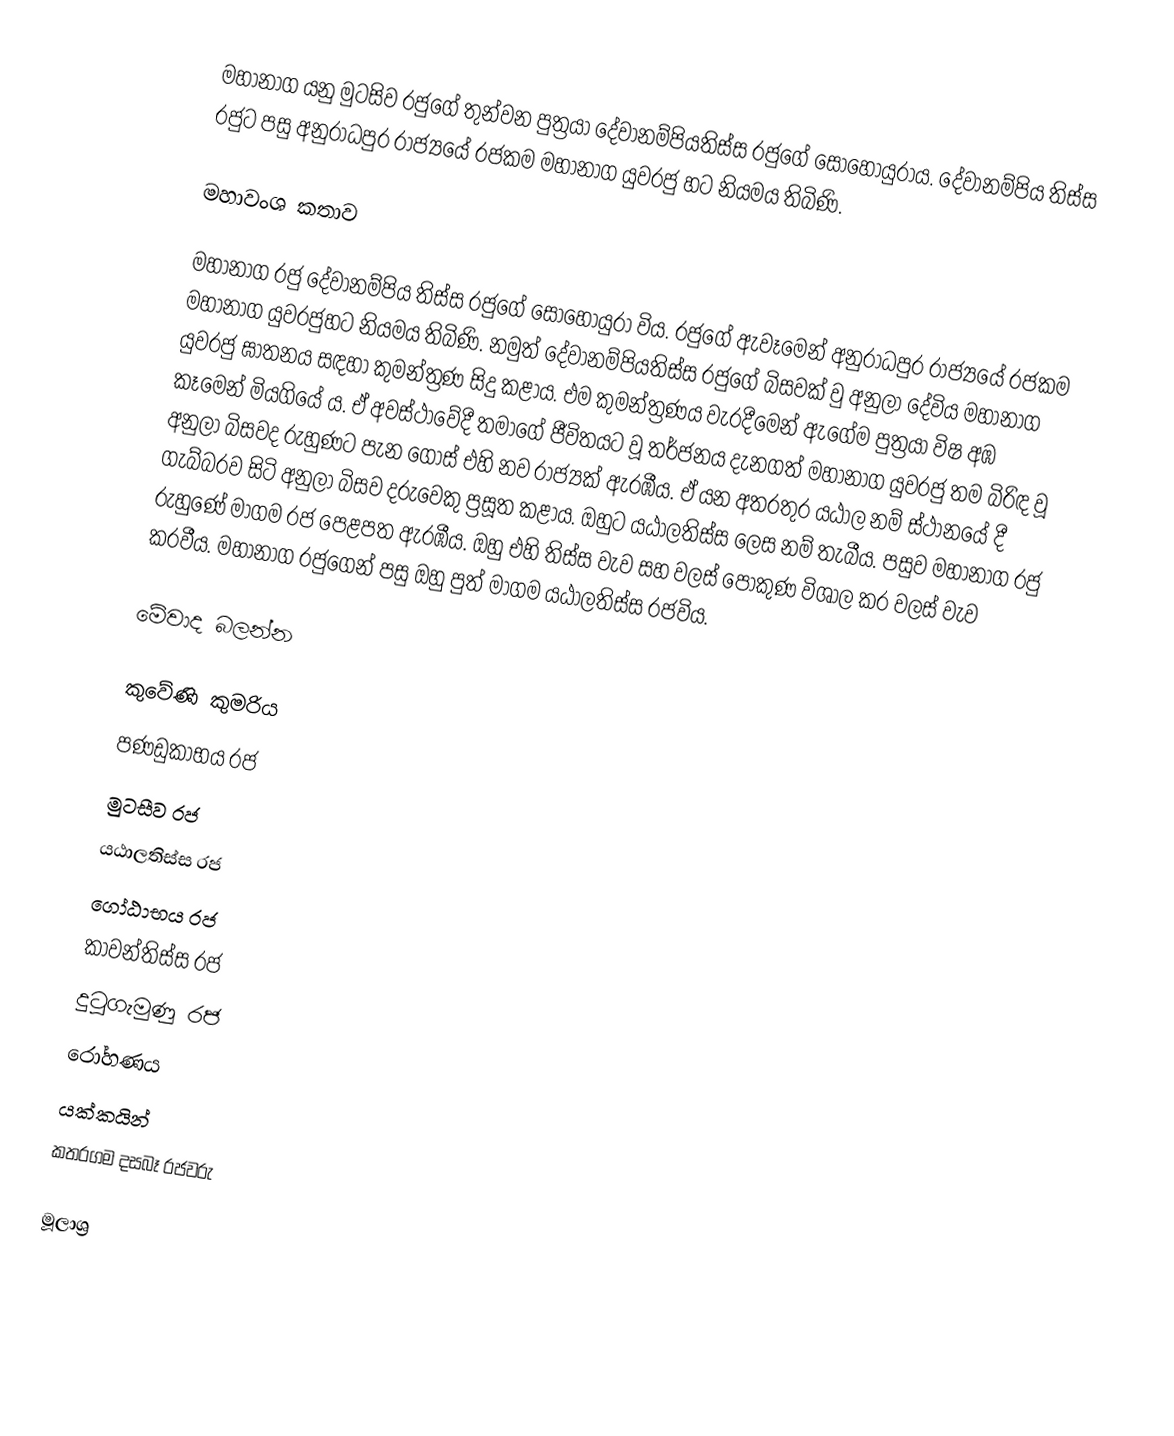
මහානාග යනු මුටසිව රජුගේ තුන්වන පුත්‍රයා දේවානම්පියතිස්ස රජුගේ සොහොයුරා‍ය. දේවානම්පිය තිස්ස රජුට පසු අනුරාධපුර රාජ්‍යයේ රජකම මහානාග යුවරජු හට නියමය තිබිණි.

මහාවංශ කතාව

මහානාග රජු දේවානම්පිය තිස්ස රජුගේ සොහොයුරා විය. රජුගේ ඇවෑමෙන් අනුරාධපුර රාජ්‍යයේ රජකම මහානාග යුවරජුහට නියමය තිබිණි. නමුත් දේවානම්පියතිස්ස රජුගේ බිසවක් වු අනුලා දේවිය මහානාග යුවරජු ඝාතනය සඳහා කුමන්ත්‍රණ සිදු කළාය. එම කුමන්ත්‍රණය වැරදීමෙන් ඇගේම පුත්‍රයා විෂ අඹ කෑමෙන් මියගියේ ය. ඒ අවස්ථාවේදී තමාගේ ජීවිතයට වූ තර්ජනය දැනගත් මහානාග යුවරජු තම බිරිඳ වූ අනුලා බිසවද රුහුණට පැන ගොස් එහි නව රාජ්‍යක් ඇරඹීය. ඒ යන අතරතුර යඨාල නම් ස්ථානයේ දී ගැබ්බරව සිටි අනුලා බිසව දරුවෙකු ප්‍රසූත කළාය. ඔහුට යඨාලතිස්ස ලෙස නම් තැබීය. පසුව මහානාග රජු රුහුණේ මාගම රජ පෙළපත ඇරඹීය. ඔහු එහි තිස්ස වැව සහ වලස් පොකුණ විශාල කර වලස් වැව කරවීය. මහානාග රජුගෙන් පසු ඔහු පුත් මාගම යඨාලතිස්ස රජවිය.

මේවාද බලන්න

 කුවේණි කුමරිය
 පණඩුකාභය රජ
 මුටසීව රජ
 යඨාලතිස්ස රජ
 ගෝඨාභය රජ
 කාවන්තිස්ස රජ
 දුටුගැමුණු රජ
 රෝහණය
 යක්කයින්
 කතරගම දසබෑ රජවරු

මූලාශ්‍ර